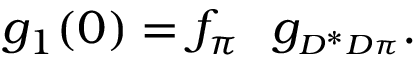
g _ { 1 } ( 0 ) = f _ { \pi } ~ ~ g _ { \scriptscriptstyle D ^ { * } D \pi } .